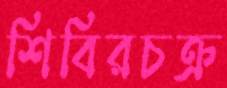
শিবিরচক্র